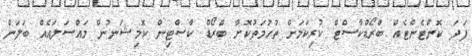
ފަދަ ކޮންޓެންޓެއް ބްރޯޑްކާސްޓް ކުރިކަމަށް ތުހުމަތުކޮށް ބްރޯޑް ކާސްޓިން ކޮމިޝަނުން މައްސަލައެއް ބަލަން